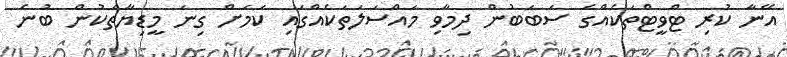
އޭނާ ކުރި ޓްވީޓްތަކެއްގެ ސަބަބުން ދިމާވި މައްސަލަތަކެއްގައި ކަމަށް ގިނަ މީޑިޔާތަކުން ބުނެ